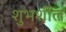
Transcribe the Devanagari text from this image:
शुभशील